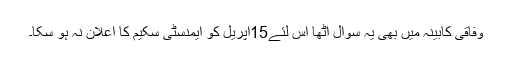
وفاقی کابینہ میں بھی یہ سوال اٹھا اس لئے15اپریل کو ایمنسٹی سکیم کا اعلان نہ ہو سکا۔